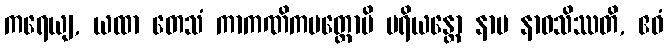
ကရေယျ, ယထာ တေသံ ကာကဏိကမတ္တောပိ ပရိယန္တော နာမ နာဝသိဿတိ, ဧဝံ